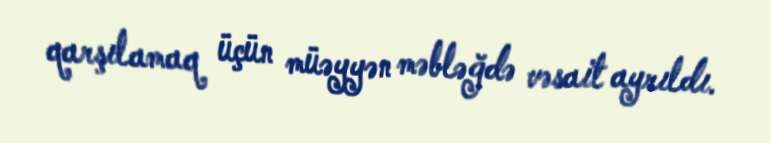
qarşılamaq üçün müəyyən məbləğdə vəsait ayrıldı.